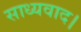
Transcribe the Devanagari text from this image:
साध्यवाद।